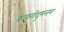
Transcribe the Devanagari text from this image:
कारागोदुमत्तम